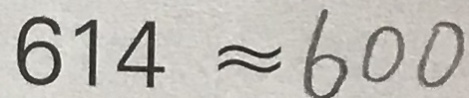
6 1 4 \approx 6 0 0